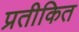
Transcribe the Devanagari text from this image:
प्रतीकित